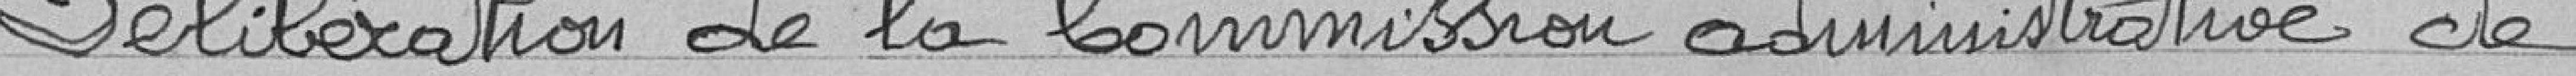
Délibération de la commission administrative de